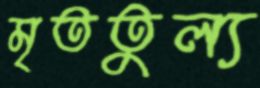
মৃততুল্য